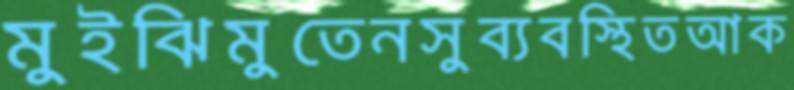
মুইঝিমুতেনসুব্যবস্থিতআক